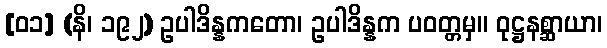
[၀၁] (နိ၊ ၁၉၂) ဥပါဒိန္နကတော၊ ဥပါဒိန္နက ပဝတ္တမှ။ ဝုဋ္ဌနစ္ဆာယာ၊